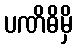
ပဏိဓိမှိ